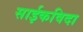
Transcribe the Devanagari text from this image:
साईकविदा